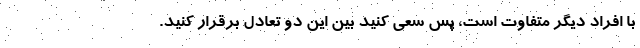
با افراد دیگر متفاوت است، پس سعی کنید بین این دو تعادل برقرار کنید.